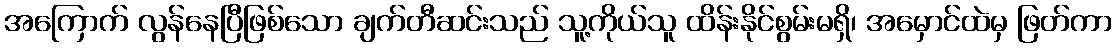
အကြောက် လွန်နေပြီဖြစ်သော ချက်တီဆင်းသည် သူ့ကိုယ်သူ ထိန်းနိုင်စွမ်းမရှိ၊ အမှောင်ထဲမှ ဖြတ်ကာ